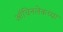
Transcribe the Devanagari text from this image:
ऑचिनलेकच्या